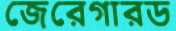
জেরেগারড